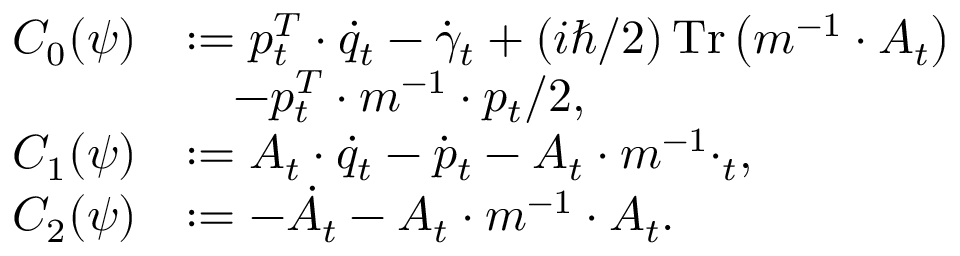
\begin{array} { r l } { C _ { 0 } ( \psi ) } & { : = p _ { t } ^ { T } \cdot \dot { q } _ { t } - \dot { \gamma } _ { t } + ( i \hbar / 2 ) \operatorname * { T r } \left( m ^ { - 1 } \cdot A _ { t } \right) } \\ & { ~ ~ ~ - p _ { t } ^ { T } \cdot m ^ { - 1 } \cdot p _ { t } / 2 , } \\ { C _ { 1 } ( \psi ) } & { : = A _ { t } \cdot \dot { q } _ { t } - \dot { p } _ { t } - A _ { t } \cdot m ^ { - 1 } \cdotp _ { t } , } \\ { C _ { 2 } ( \psi ) } & { : = - \dot { A } _ { t } - A _ { t } \cdot m ^ { - 1 } \cdot A _ { t } . } \end{array}